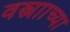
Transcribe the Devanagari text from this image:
वस्त्रााच्या